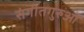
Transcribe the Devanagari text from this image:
संगीतगुरुओं